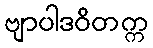
ဗျာပါဒဝိတက္က